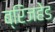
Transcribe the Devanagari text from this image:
ब्रिजहेड